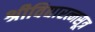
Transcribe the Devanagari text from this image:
श्रीविद्यारत्नसूत्र